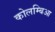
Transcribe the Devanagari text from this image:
कोलम्बिआ